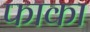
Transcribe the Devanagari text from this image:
फाका